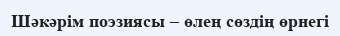
Шәкәрім поэзиясы – өлең сөздің өрнегі